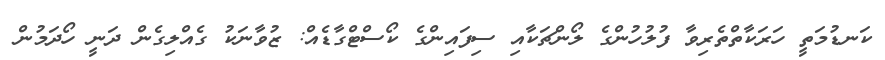
ކަނޑުމަތީ ހަރަކާތްތެރިވާ ފުލުހުންގެ ލޯންޗަކާއި ސިފައިންގެ ކޯސްޓްގާޑެއް: ޒުވާނަކު ގެއްލިގެން ދަނީ ހޯދަމުން